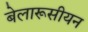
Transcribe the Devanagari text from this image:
बेलारूसीयन